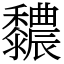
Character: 䵜